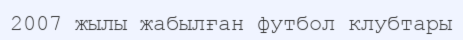
2007 жылы жабылған футбол клубтары